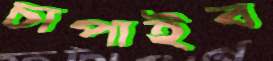
চাপাইব